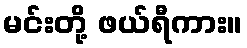
မင်းတို့ ဖယ်ရီကား။